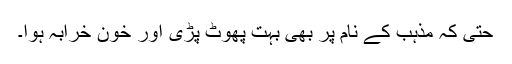
حتیٰ کہ مذہب کے نام پر بھی بہت پھوٹ پڑی اور خون خرابہ ہوا۔